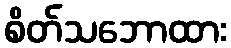
စိတ်သဘောထား